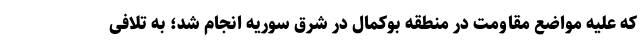
که علیه مواضع مقاومت در منطقه بوکمال در شرق سوریه انجام شد؛ به تلافی